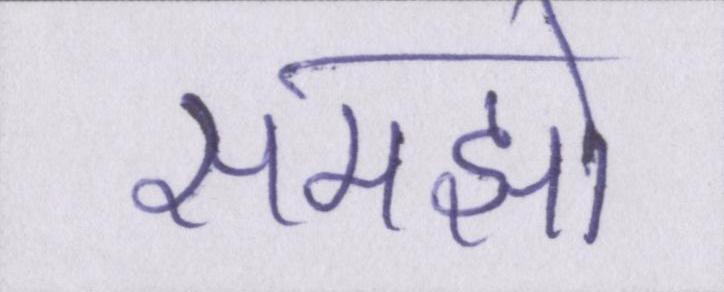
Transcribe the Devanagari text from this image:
समझो